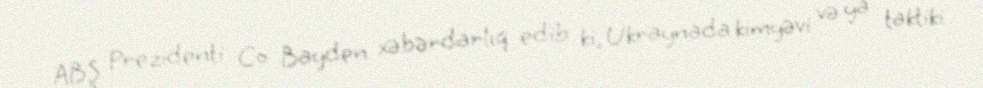
ABŞ Prezidenti Co Bayden xəbərdarlıq edib ki, Ukraynada kimyəvi və ya taktiki